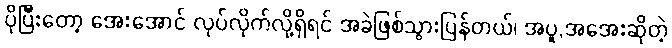
ပိုပြီးတော့ အေးအောင် လုပ်လိုက်လို့ရှိရင် အခဲဖြစ်သွားပြန်တယ်၊ အပူ,အအေးဆိုတဲ့